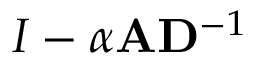
I - \alpha { \bf A } { \bf D } ^ { - 1 }